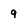
Character: 9